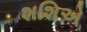
શશિએ